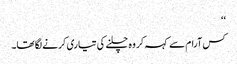
‘‘
کس آرام سے کہہ کر وہ چلنے کی تیاری کرنے لگا تھا۔